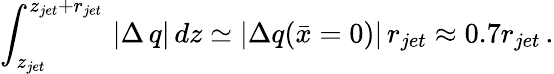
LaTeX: \int_{z_{jet}}^{z_{jet}+r_{jet}}\, |\Delta\, q|\, dz\simeq|\Delta q(\bar{x}=0)|\, r_{jet}\approx 0.7r_{jet}\, .